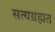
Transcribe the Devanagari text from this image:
सत्यग्रहात